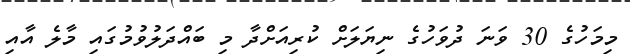
މިމަހުގެ 30 ވަނަ ދުވަހުގެ ނިޔަލަށް ކުރިއަށްދާ މި ބައްދަލުވުމުގައި މާލެ އާއި